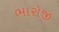
ભારોજી